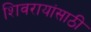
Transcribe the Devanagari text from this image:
शिवरायांसाठी